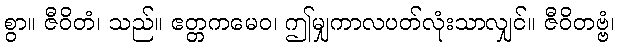
စွာ။ ဇီဝိတံ၊ သည်။ ဧတ္တကမေဝ၊ ဤမျှကာလပတ်လုံးသာလျှင်။ ဇီဝိတဗ္ဗံ၊